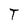
Character: T